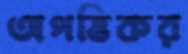
অপত্তিকর